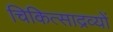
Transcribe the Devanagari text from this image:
चिकित्साद्रव्यों